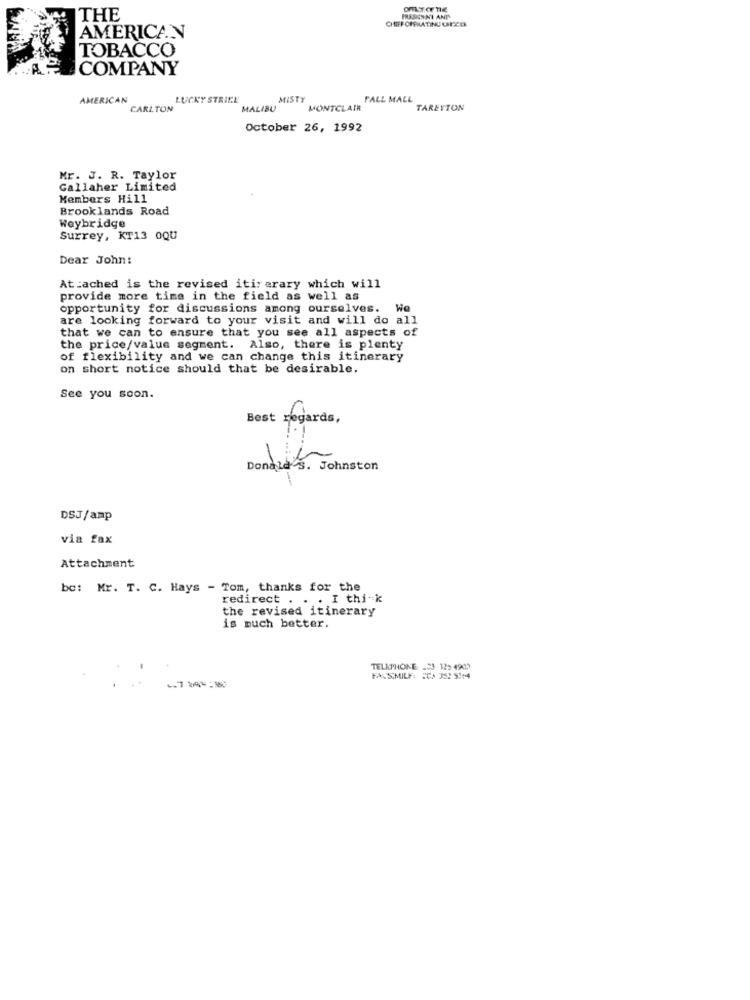
THE
PRESENNI AND
CHIEF OPERATING UECO
AMERICAN
TOBACCO
COMPANY
AMERICAN
LUCKY STRIKE
MISTY
PALL MALL
CARLTON
MALIBU
MONTCLAIR
TARETTON
October 26, 1992
Mr. J. R. Taylor
Gallaher Limited
Members Hill
Brooklands Road
Weybridge
Surrey, KT13 0QU
Dear John:
Attached is the revised itinerary which will
provide more time in the field as well as
opportunity for discussions among ourselves. We
are looking forward to your visit and will do all
that we can to ensure that you see all aspects of
the price/value segment. Also, there is plenty
of flexibility and we can change this itinerary
on short notice should that be desirable.
See you soon.
Best regards ,
Donald s. Johnston
DSJ/amp
via fax
Attachment
bc: Mr. T. C. Hays - Tom, thanks for the
redirect . . . I thi-k
the revised itinerary
is much better.
TELEPHONE .23 12> 4903
FALSIMILF: 2CP 35 54